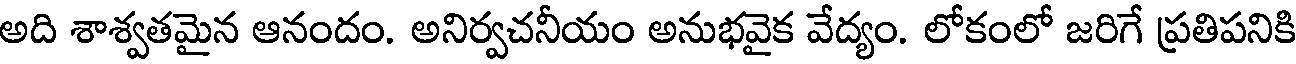
అది శాశ్వతమైన ఆనందం. అనిర్వచనీయం అనుభవైక వేద్యం. లోకంలో జరిగే ప్రతిపనికి